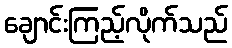
ချောင်းကြည့်လိုက်သည်